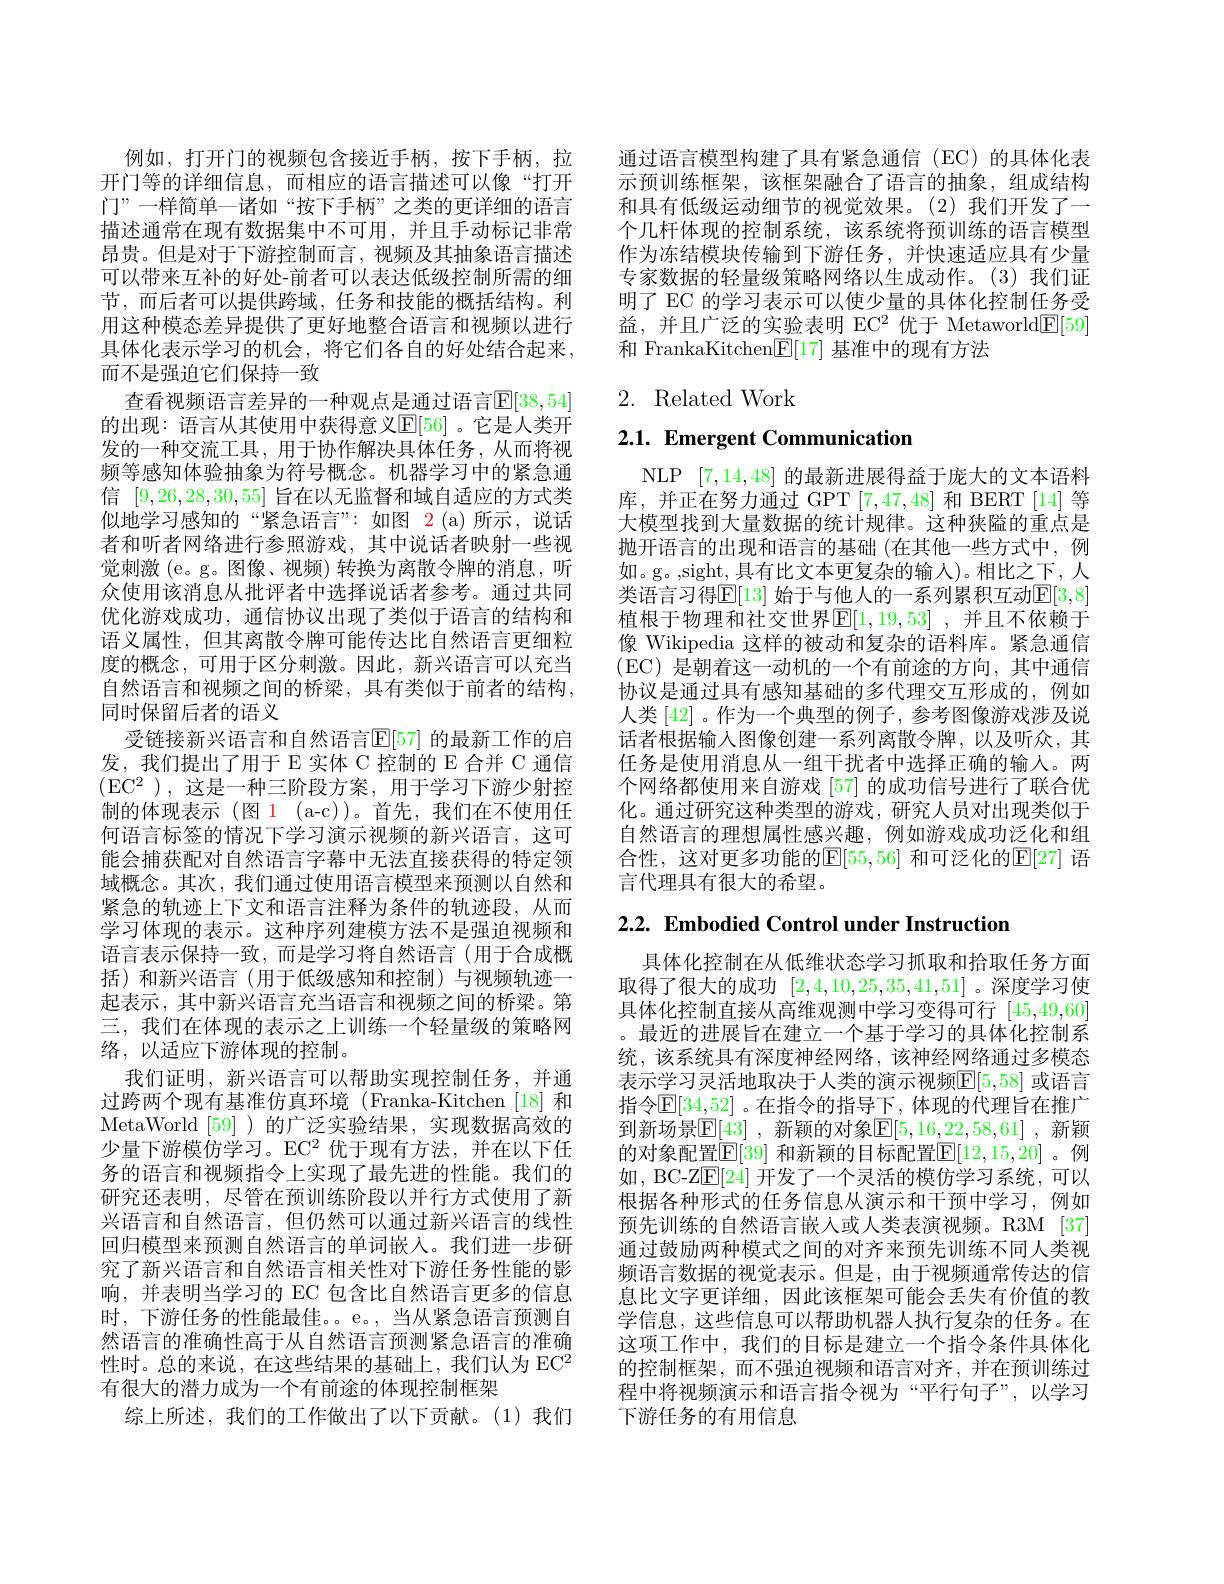
例如，打开门的视频包含接近手柄，按下手柄，拉开门等的详细信息，而相应的语言描述可以像“打开门”一样简单—诸如“按下手柄”之类的更详细的语言描述通常在现有数据集中不可用，并且手动标记非常昂贵。但是对于下游控制而言，视频及其抽象语言描述可以带来互补的好处-前者可以表达低级控制所需的细节，而后者可以提供跨域，任务和技能的概括结构。利用这种模态差异提供了更好地整合语言和视频以进行具体化表示学习的机会，将它们各自的好处结合起来， 而不是强迫它们保持一致
查看视频语言差异的一种观点是通过语言$\mathbb{E}[38,54]$ 的出现：语言从其使用中获得意义$\mathbb{E}[56]$ 。它是人类开发的一种交流工具，用于协作解决具体任务，从而将视频等感知体验抽象为符号概念。机器学习中的紧急通信[9,26,28,30,55]旨在以无监督和域自适应的方式类似地学习感知的“紧急语言”:如图 2(a)所示，说话者和听者网络进行参照游戏，其中说话者映射一些视觉刺激 (e。g。图像、视频) 转换为离散令牌的消息，听众使用该消息从批评者中选择说话者参考。通过共同优化游戏成功，通信协议出现了类似于语言的结构和语义属性，但其离散令牌可能传达比自然语言更细粒度的概念，可用于区分刺激。因此，新兴语言可以充当自然语言和视频之间的桥梁，具有类似于前者的结构， 同时保留后者的语义
受链接新兴语言和自然语言$\mathbb{E}[57]$ 的最新工作的启发，我们提出了用于 E 实体 C 控制的 E 合并 C 通信$( \mathrm{EC}^{2}$ ),这是一种三阶段方案，用于学习下游少射控制的体现表示 (图 1 (a-c))。首先，我们在不使用任何语言标签的情况下学习演示视频的新兴语言，这可能会捕获配对自然语言字幕中无法直接获得的特定领域概念。其次，我们通过使用语言模型来预测以自然和紧急的轨迹上下文和语言注释为条件的轨迹段，从而学习体现的表示。这种序列建模方法不是强迫视频和语言表示保持一致，而是学习将自然语言(用于合成概括)和新兴语言(用于低级感知和控制)与视频轨迹一起表示，其中新兴语言充当语言和视频之间的桥梁。第三，我们在体现的表示之上训练一个轻量级的策略网络，以适应下游体现的控制。
我们证明，新兴语言可以帮助实现控制任务，并通过跨两个现有基准仿真环境 (Franka-Kitchen[18] 和MetaWorld [59] )的广泛实验结果，实现数据高效的$少量下游模仿学习。EC^{2} 优于现有方法，并在以下任$ 务的语言和视频指令上实现了最先进的性能。我们的研究还表明，尽管在预训练阶段以并行方式使用了新兴语言和自然语言，但仍然可以通过新兴语言的线性回归模型来预测自然语言的单词嵌入。我们进一步研究了新兴语言和自然语言相关性对下游任务性能的影响，并表明当学习的 EC 包含比自然语言更多的信息时，下游任务的性能最佳。e。,当从紧急语言预测自然语言的准确性高于从自然语言预测紧急语言的准确性时。总的来说，在这些结果的基础上，我们认为 EC$^2$ 有很大的潜力成为一个有前途的体现控制框架
综上所述，我们的工作做出了以下贡献。(1)我们

通过语言模型构建了具有紧急通信(EC)的具体化表示预训练框架，该框架融合了语言的抽象，组成结构和具有低级运动细节的视觉效果。(2)我们开发了一个几杆体现的控制系统，该系统将预训练的语言模型作为冻结模块传输到下游任务，并快速适应具有少量专家数据的轻量级策略网络以生成动作。(3)我们证明了 EC 的学习表示可以使少量的具体化控制任务受益，并且广泛的实验表明 EC$^2$优于 Metaworld$\underline{\mathrm{E}}[59]$ 和 FrankaKitchen$\underline{\mathrm{E}}[17]$基准中的现有方法

# 2. Related Work

$2. 1. \textbf{ Emergent Communication}$

NLP [7,14,48]的最新进展得益于庞大的文本语料库，并正在努力通过 GPT[7,47,48] 和 BERT[14] 等大模型找到大量数据的统计规律。这种狭隘的重点是抛开语言的出现和语言的基础 (在其他一些方式中，例如。g。,sight, 具有比文本更复杂的输入)。相比之下，人类语言习得$\mathbb{E}[13]$ 始于与他人的一系列累积互动$\mathbb{E}[3,8]$ 植根于物理和社交世界$\mathbb{E}[1,19,53]$ ,并且不依赖于像 Wikipedia 这样的被动和复杂的语料库。紧急通信(EC)是朝着这一动机的一个有前途的方向，其中通信协议是通过具有感知基础的多代理交互形成的，例如人类[42]。作为一个典型的例子，参考图像游戏涉及说话者根据输入图像创建一系列离散令牌，以及听众，其任务是使用消息从一组干扰者中选择正确的输人。两个网络都使用来自游戏 [57] 的成功信号进行了联合优化。通过研究这种类型的游戏，研究人员对出现类似于自然语言的理想属性感兴趣，例如游戏成功泛化和组合性，这对更多功能的$\mathbb{E}[55,56]$ 和可泛化的$\mathbb{E}[27]$ 语言代理具有很大的希望。

$2. 2. \textbf{Embodied Control under Instruction}$

具体化控制在从低维状态学习抓取和拾取任务方面取得了很大的成功[2,4,10,25,35,41,51] 。深度学习使具体化控制直接从高维观测中学习变得可行[45,49,60] 。最近的进展旨在建立一个基于学习的具体化控制系统，该系统具有深度神经网络，该神经网络通过多模态表示学习灵活地取决于人类的演示视频$\boxed{\mathrm{E}}[5,58]$ 或语言指令$\mathbb{E}[34,52]$ 。在指令的指导下，体现的代理旨在推广到新场景$\boxed{\mathbb{E}[43]}$, 新颖的对象$\boxed{\mathbb{E}[5,16,22,58,61]}$, 新颖的对象配置$\boxed{\mathrm{E}}[39]$ 和新颖的目标配置$\boxed{\mathrm{F}}[12,15,20]$ 。例如，BC-Z$\mathbb{E}[24]$开发了一个灵活的模仿学习系统，可以根据各种形式的任务信息从演示和干预中学习，例如预先训练的自然语言嵌入或人类表演视频。R3M [37] 通过鼓励两种模式之间的对齐来预先训练不同人类视频语言数据的视觉表示。但是，由于视频通常传达的信息比文字更详细，因此该框架可能会丢失有价值的教学信息，这些信息可以帮助机器人执行复杂的任务。在这项工作中，我们的目标是建立一个指令条件具体化的控制框架，而不强迫视频和语言对齐，并在预训练过程中将视频演示和语言指令视为“平行句子”,以学习下游任务的有用信息